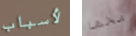
لأسباب مخها